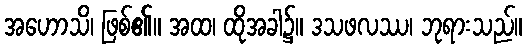
အဟောသိ၊ ဖြစ်၏။ အထ၊ ထိုအခါ၌။ ဒသဖလဿ၊ ဘုရားသည်။